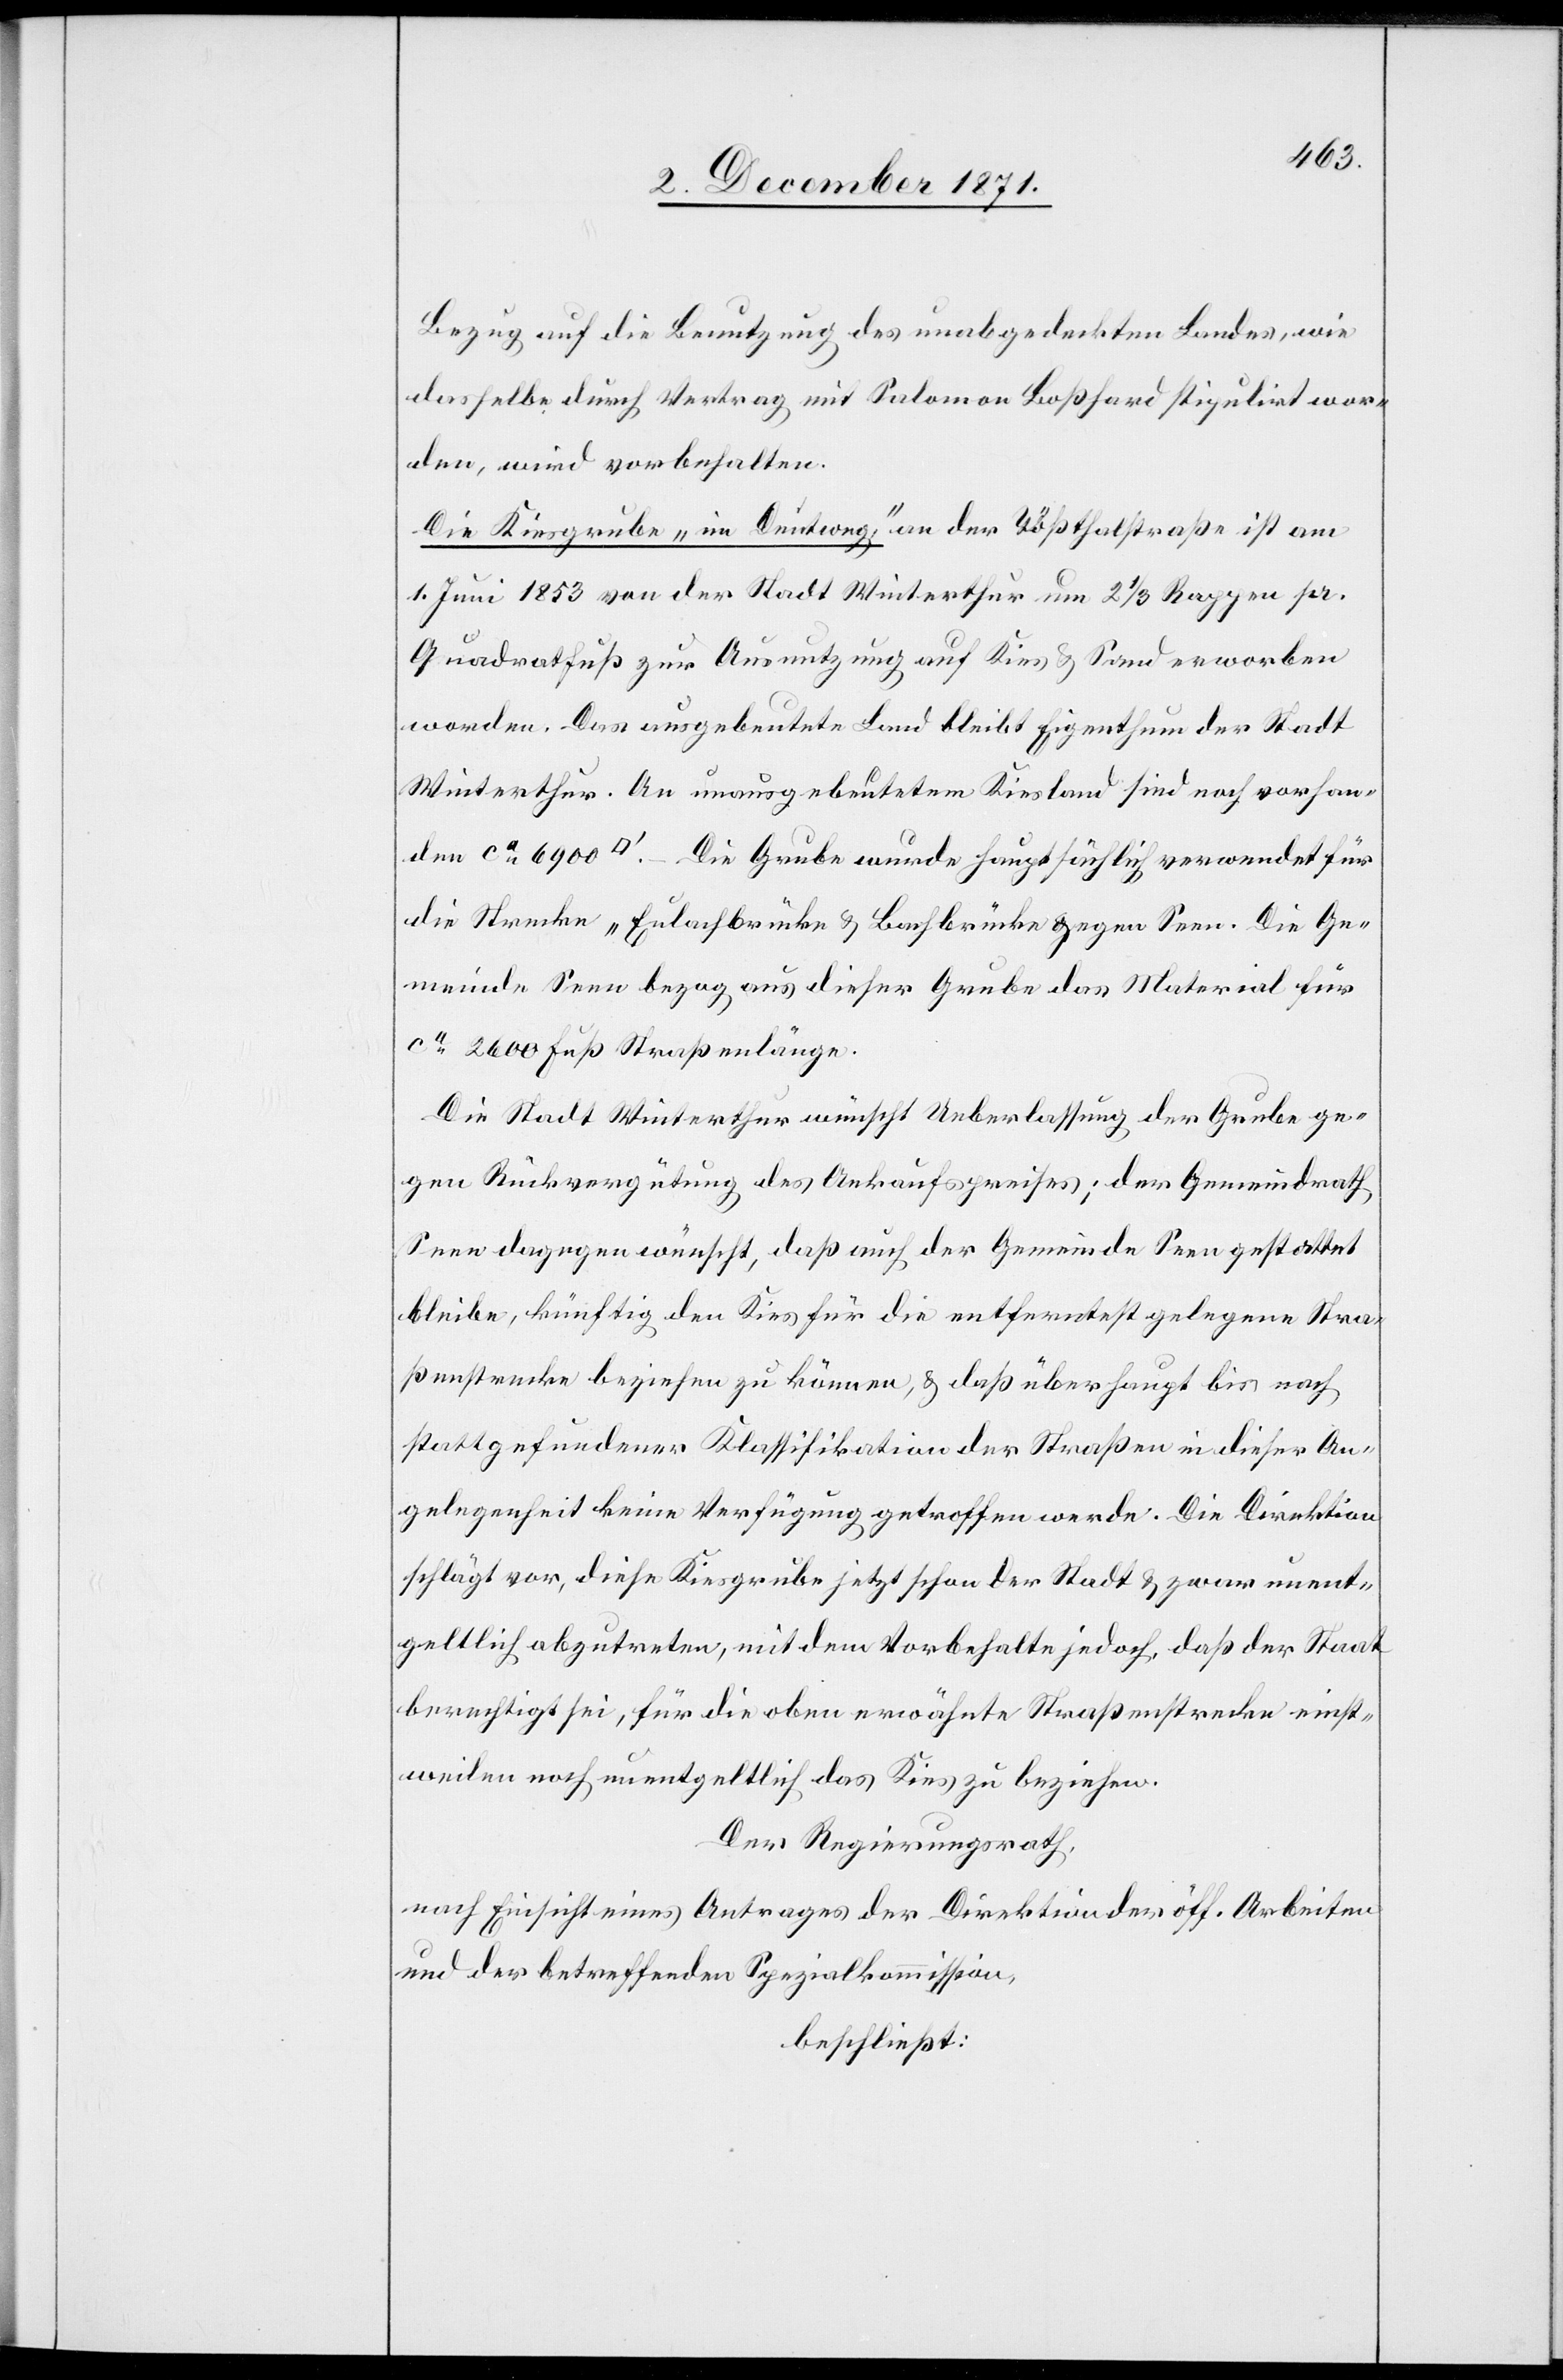
Bezug auf die Benutzung des unabgedeckten Landes, wie
dasselbe durch Vertrag mit Salomon Boßhard stipulirt wor¬
den, wird vorbehalten.
Die Kiesgrube „im Deutweg“ an der Tößthalstraße ist am
1. Juni 1853 von der Stadt Winterthur um 2 1/3 Rappen pr.
Quadratfuß zur Ausnutzung auf Kies & Sand erworben
worden. Das ausgebeutete Land bleibt Eigenthum der Stadt
Winterthur. An unausgebeutetem Kiesland sind noch vorhan¬
den ca. 6900 [Quadratfuß]. – Die Grube wurde hauptsächlich verwendet für
die Strecke „Eulachbrücke & Bachbrüche gegen Seen. Die Ge¬
meinde Seen bezog aus dieser Grube das Material für
ca. 2600 Fuß Straßenlänge.
Die Stadt Winterthur wünscht Ueberlassung der Grube ge¬
gen Rückvergütung des Ankaufspreises; der Gemeindrath
Seen dagegen wünscht, daß auch der Gemeinde Seen gestattet
bleibe, künftig den Kies für die entferntest gelegene Stra¬
ßenstrecke beziehen zu können, & daß überhaupt bis nach
stattgefundener Klassifikation der Straßen in dieser An¬
gelegenheit keine Verfügung getroffen werde. Die Direktion
schlägt vor, diese Kiesgrube jetzt schon der Stadt & zwar unent¬
geltlich abzutreten, mit dem Vorbehalte jedoch, daß der Staat
berechtigt sei, für die oben erwähnte Straßenstrecke einst¬
weilen noch unentgeltlich das Kies zu beziehen.
Der Regierungsrath,
nach Einsicht eines Antrages der Direktion der öff. Arbeiten
und der betreffenden Spezialkommission,
beschließt: